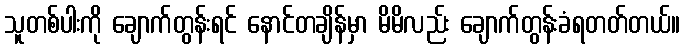
သူတစ်ပါးကို ချောက်တွန်းရင် နောင်တချိန်မှာ မိမိလည်း ချောက်တွန်းခံရတတ်တယ်။